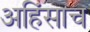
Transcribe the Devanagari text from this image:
अहिंसाच